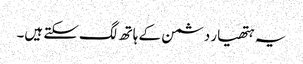
یہ ہتھیار دشمن کے ہاتھ لگ سکتے ہیں۔